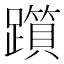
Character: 𨆦